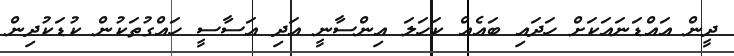
ދީން އައްޑަނައަކަށް ހަދައި ބައެއް ކަހަލަ އިންސާނީ އަދި އަސާސީ ހައްގުތަކުން ކުޑަކުދިން